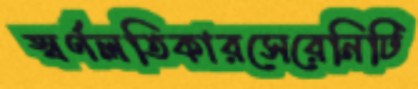
স্বর্ণলতিকারসেরেনিটি